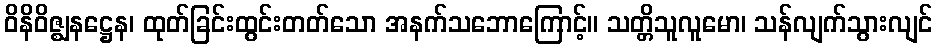
ဝိနိဝိဇ္ဈနဋ္ဌေန၊ ထုတ်ခြင်းထွင်းတတ်သော အနက်သဘောကြောင့်။ သတ္တိသူလူမော၊ သန်လျက်သွားလျင်